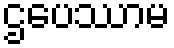
ဌပေဿာမ